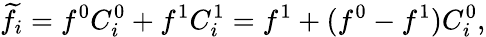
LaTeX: \widetilde{f}_{i}=f^{0}C_{i}^{0}+f^{1}C_{i}^{1}=f^{1}+(f^{0}-f^{1})C_{i}^{0},